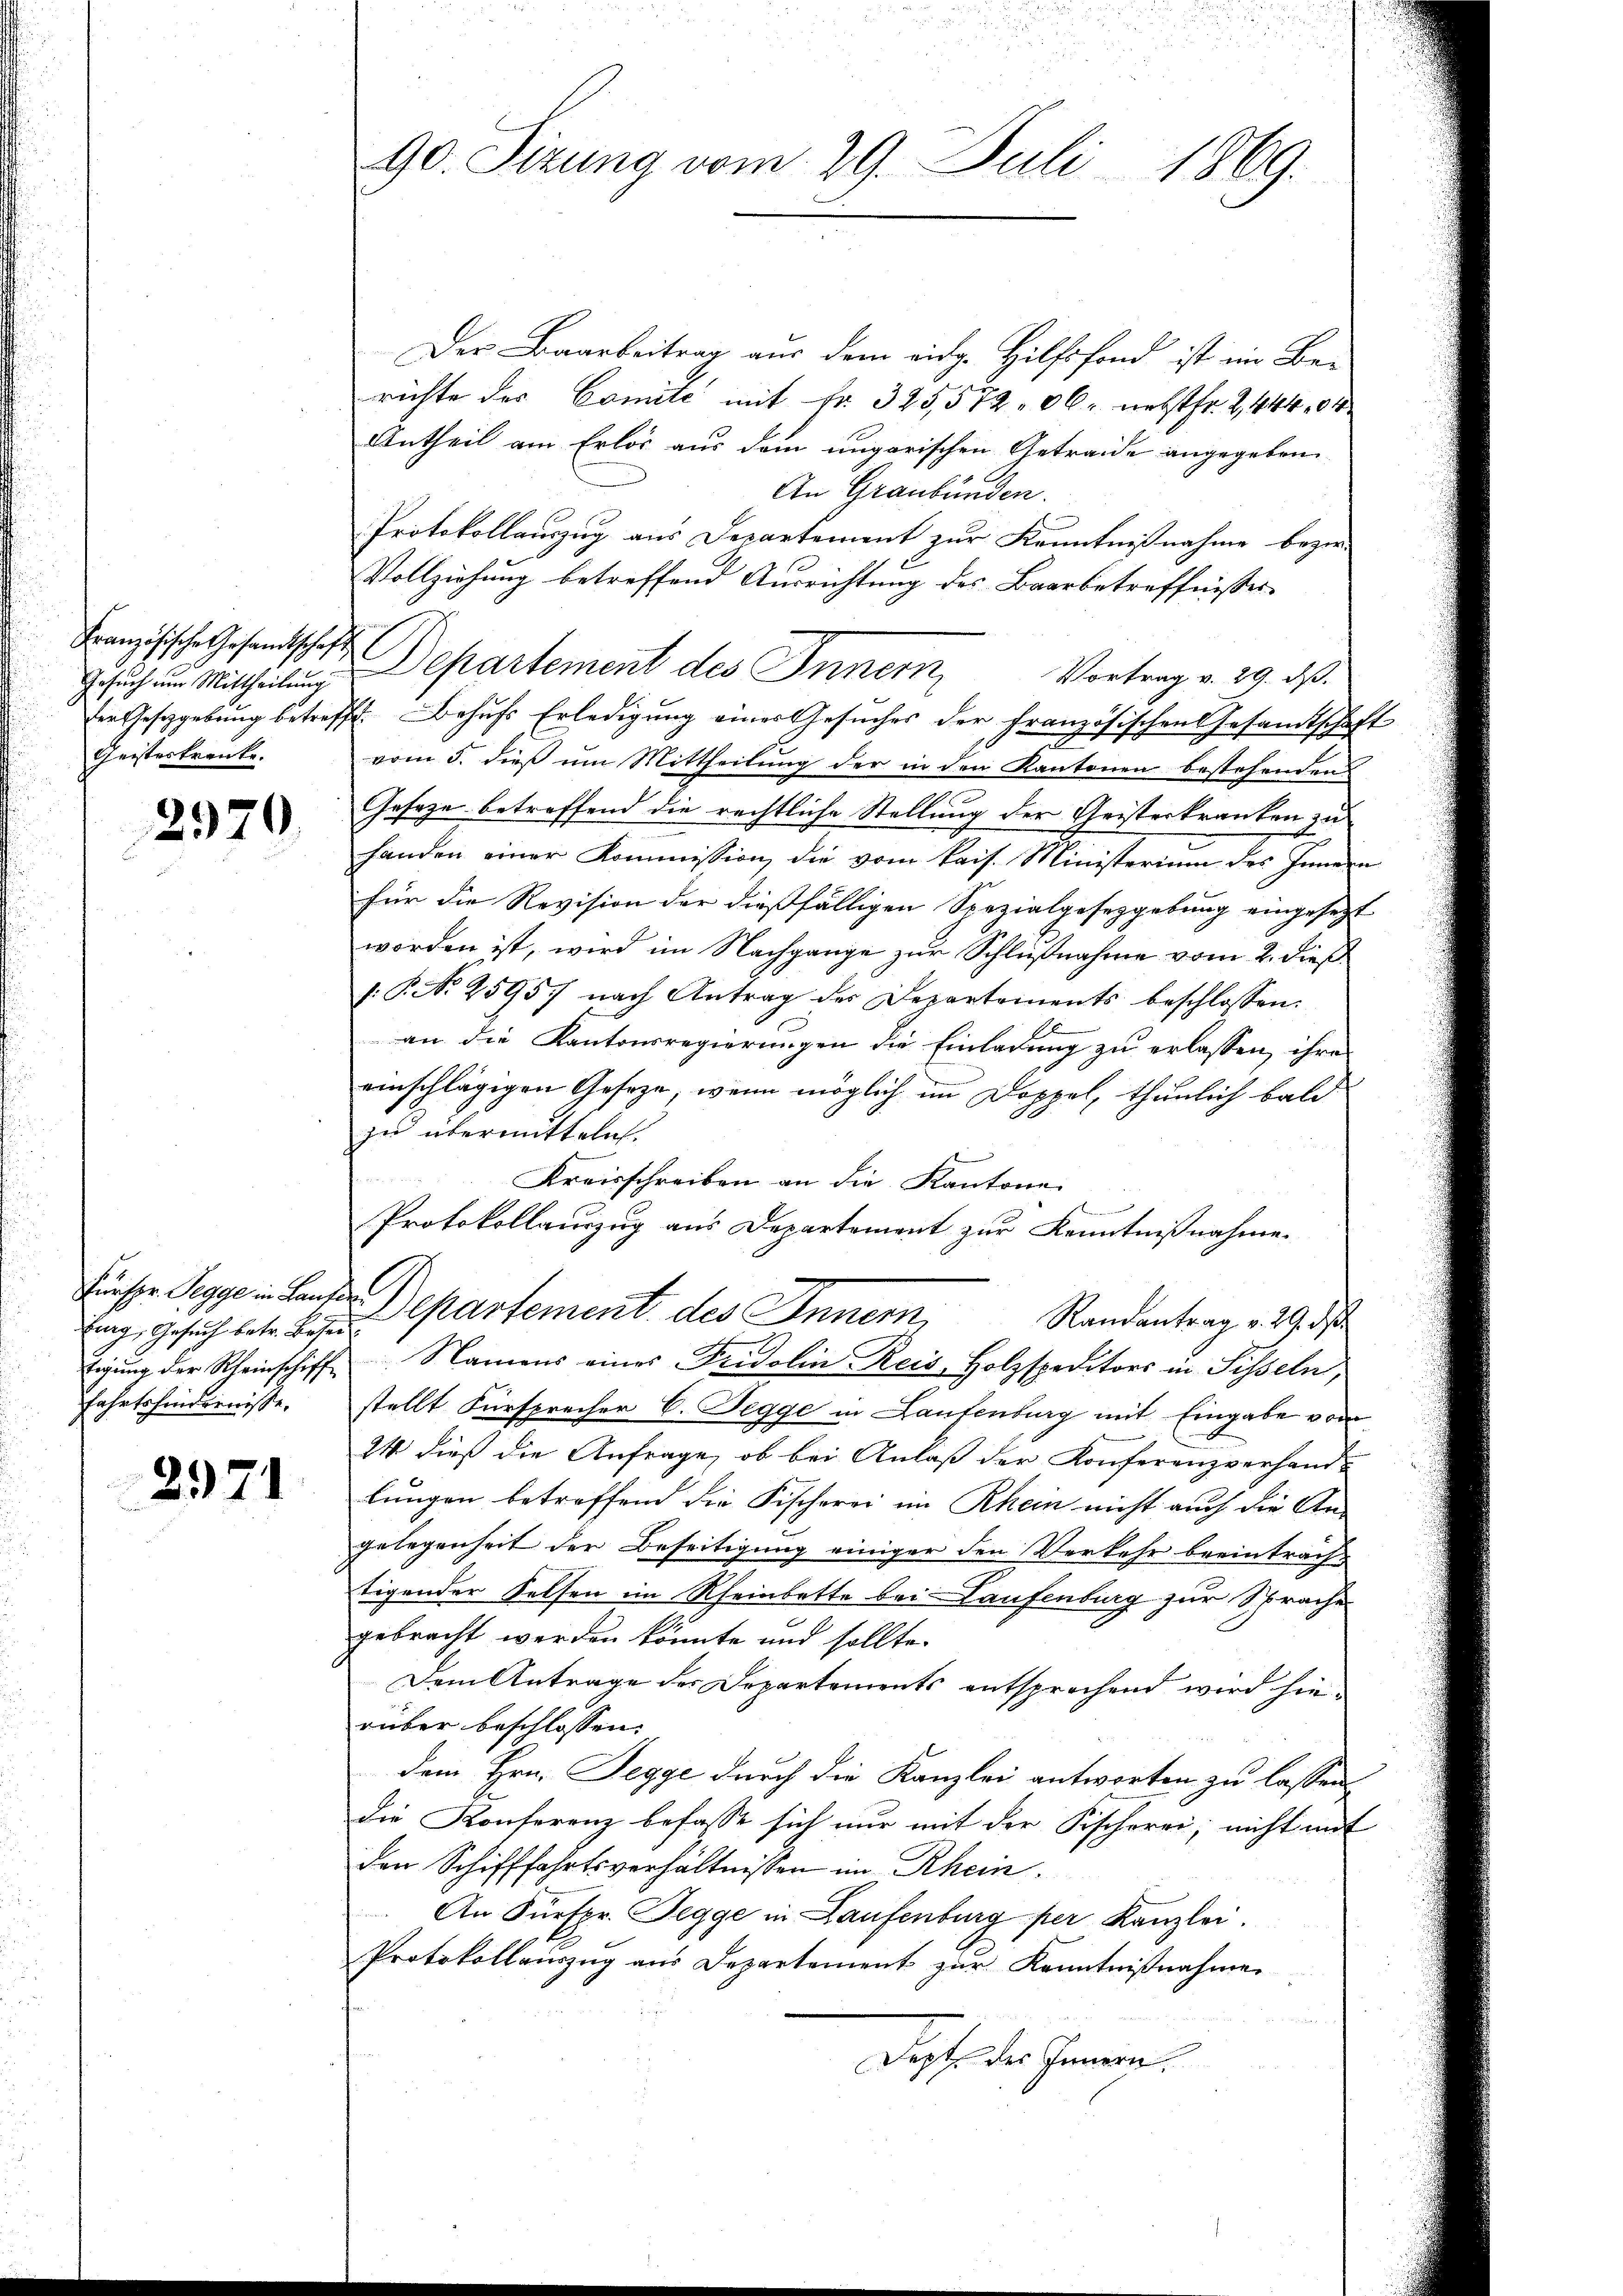
Französische Gesandtschaft
Geisterkranke.

2970.

Fürspr. Segge in Lausa
Fahrtehindernisse.

2971

Der Baarbeitrag aus dem eidg. Hilfsfond ist im Berichte des Comite mit Fr. 325,572. 36. nebst fr. 2, 444,04
Antheil am Erlös aus dem ungarischen Getraide angegeben.
An Graubünden.
Protokollauszug aus Departement zur Kenntnißnahme bezie-
Vollziehung betreffend Ausrichtung des Baarbetreffnisses
Gesuch um Mittheilung Departement des Innern,
Vortrag v. 29. ds.
der Gesetzgebung betreffe. Behufs Erledigung eines Gesuches der französischen Gesandtschaft
vom 5. dieß um Mittheilung der in den Kantonen bestehenden
Geseze betreffend die rechtliche Stellung der Geisterkranken zu
handen einer Kommission, die vom kais. Ministerium des Innern
für die Revision der dießfälligen Spezialgesetzgebung eingesetzt
worden ist, wird im Nachgange zur Schlußnahme vom 2. dieß
f.P. Nr. 25957 nach Antrag der Departements beschlossen:
an die Kantonsregierungen die Einladung zu erlassen, ihre
einschlägigen Geseze, wenn möglich im Doppel, thunlich bald
zu übermitteln.
Kreisschreiben an die Kantone
b
Protokollauszug aus Departement zur Kenntnißnahme.
ig, Gesuch betr. Bose partement des Innern,
Randantrag v. 29. ds
tigung der Rheinschiff. Namens eines Fridolin Reis, Holzspeditors in Sisseln,
stellt Fürsprecher C. Segge in Laufenburg mit Eingabe vom
24 dieß die Anfrage, ob bei Anlaß der Konferenzverhand-
lungen betreffend die Fischerei im Rhein nicht auch die An-
gelegenheit der Beseitigung einiger den Verkehr beeintrachtigender Felsen im Rheinbette bei Laufenburg zur Sprache
gebracht werden könnte und sollte.
Dem Antrage des Departements entsprochend wird hierüber beschlossen:
dem Hrn. Segge durch die Kanzlei antworten zu lassen
die Konferenz befasse sich nur mit der Fischerei, nicht mit
den Schifffahrtsverhältnissen im Rhein.
An Fürspr. Segge in Laufenburg per Kanzlei.
Protokollaŭszŭg aŭs Departement zŭr Kenntniβnahme
Dept des Innern.

90. Sizung vom 29. Juli 1869.